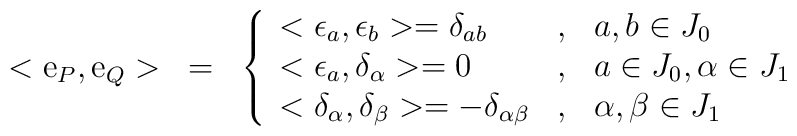
\begin{array}{lll}<{\rm e}_{P},{\rm e}_{Q}> & = & \left\{ \begin{array}{lll}<\epsilon _{a},\epsilon _{b}>=\delta _{ab} & , & a,b\in J_{0} \\ <\epsilon _{a},\delta _{\alpha }>=0 & , & a\in J_{0},\alpha \in J_{1} \\ <\delta _{\alpha },\delta _{\beta }>=-\delta _{\alpha \beta } & , & \alpha,\beta \in J_{1}\end{array}\right.\end{array}